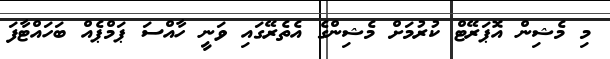
މި މެޝިން އޮޕަރޭޓް ކުރުމަށް މެޝިންގެ އެތެރޭގައި ވަނީ ހާއްސަ ޕަމްޕެއް ބަަހައްޓާފަ